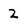
Character: 2